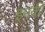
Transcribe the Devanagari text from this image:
इमकी